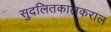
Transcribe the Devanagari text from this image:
सुदलितकालकराल